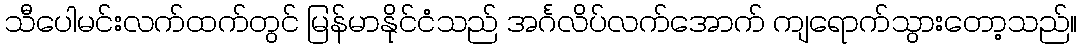
သီပေါမင်းလက်ထက်တွင် မြန်မာနိုင်ငံသည် အင်္ဂလိပ်လက်အောက် ကျရောက်သွားတော့သည်။